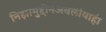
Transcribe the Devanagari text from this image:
निझामुद्दीनअवलीयाही